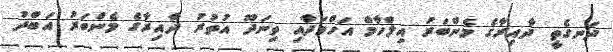
ދަނގެތީ ދާއިރާގެ މެންބަރު އިލްހާމް އަހްމަދާއި ތިނަދޫ އުތުރު ދާއިރާގެ މެންބަރު އަބްދު